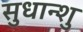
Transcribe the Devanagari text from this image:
सुधान्शु